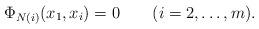
LaTeX: \begin{align*}\Phi_{N(i)}(x_1,x_i)=0\qquad(i=2,\ldots,m).\end{align*}